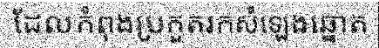
ដែលកំពុងប្រកួតរកសំឡេងឆ្នោត